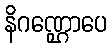
နိဂဏ္ဌောပေ